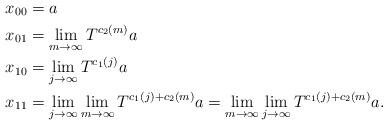
LaTeX: \begin{align*}x_{00}&= a\\x_{01}&= \lim_{m\to\infty}T^{c_2(m)}a\\x_{10}&=\lim_{j\to\infty}T^{c_1(j)}a\\x_{11}&= \lim_{j\to\infty}\lim_{m\to\infty}T^{c_1(j)+c_2(m)}a=\lim_{m\to\infty}\lim_{j\to\infty}T^{c_1(j)+c_2(m)}a.\end{align*}